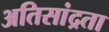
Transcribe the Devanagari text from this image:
अतिसांद्रता